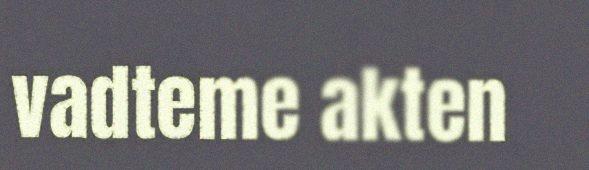
vadteme akten